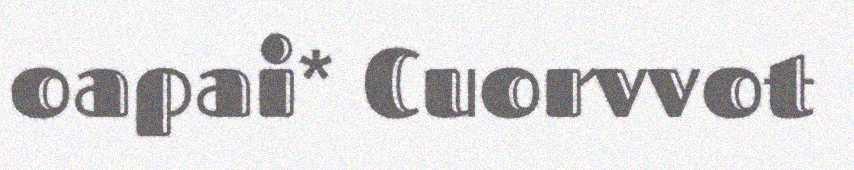
oapai* Cuorvvot